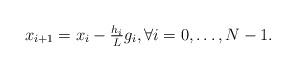
LaTeX: \begin{align*} x_{i+1} = x_i - \tfrac{h_i}{L} g_i, \forall i = 0,\dots,N-1.\end{align*}